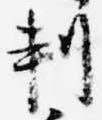
判